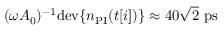
( \omega A _ { 0 } ) ^ { - 1 } \mathrm { d e v } \{ n _ { \mathrm { P I } } ( t [ i ] ) \} \approx 4 0 \sqrt { 2 } ~ \mathrm { p s }